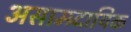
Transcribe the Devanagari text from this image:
असाम्प्र्दायिक